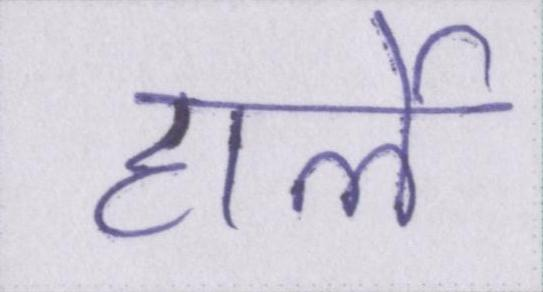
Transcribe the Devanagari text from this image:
हार्ले